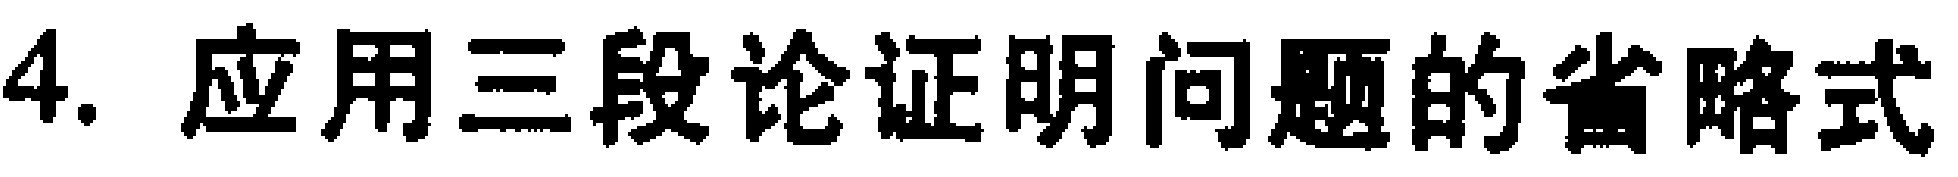
4. 应用三段论证明问题的省略式